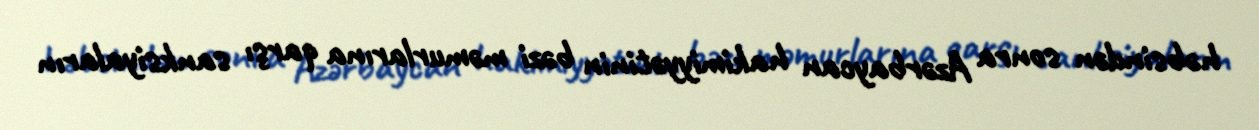
həbsindən sonra Azərbaycan hakimiyyətinin bəzi məmurlarına qarşı sanksiyaların